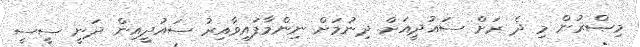
މިޞްރުން މި ދެ ރަށް ސައުދީއަށް ދިނުމަށް ނިންމާފައިވާއިރު ސައުދީއިން ދަނީ ސީސީ